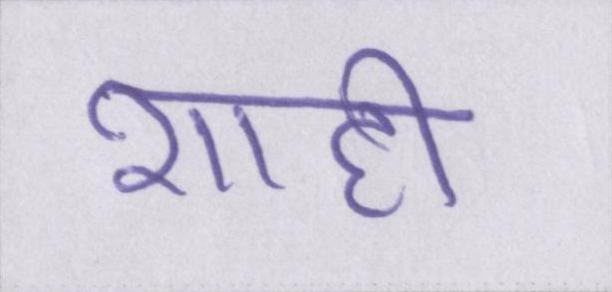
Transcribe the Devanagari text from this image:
शाही